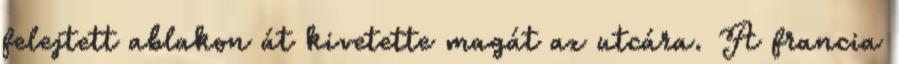
felejtett ablakon át kivetette magát az utcára. A francia